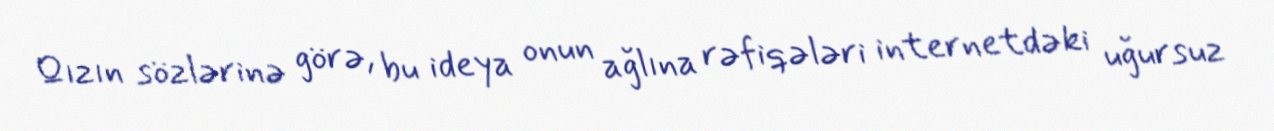
Qızın sözlərinə görə, bu ideya onun ağlına rəfiqələri internetdəki uğursuz